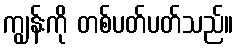
ကျွန်းကို တစ်ပတ်ပတ်သည်။